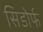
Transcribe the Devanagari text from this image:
सिडोर्फ